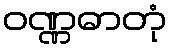
ဝဏ္ဏဓာတုံ